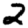
Digit: 2